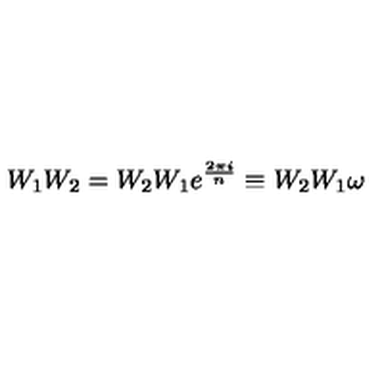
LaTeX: W _ { 1 } W _ { 2 } = W _ { 2 } W _ { 1 } e ^ { \frac { 2 \pi i } { n } } \equiv W _ { 2 } W _ { 1 } \omega